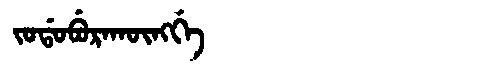
Manchu: ᠵᠣᡩᠣᠪᡠᡵᠠᡴᡡᠩᡤᡝ
Romanization: JODOBURAKŪNGGE